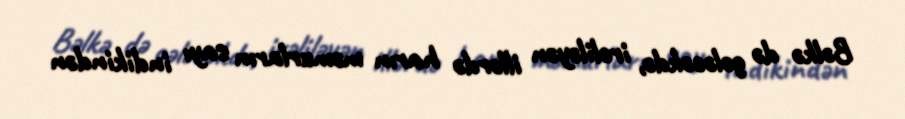
Bəlkə də gələcəkdə, irəliləyən illərdə harın məmurların sayı indikindən